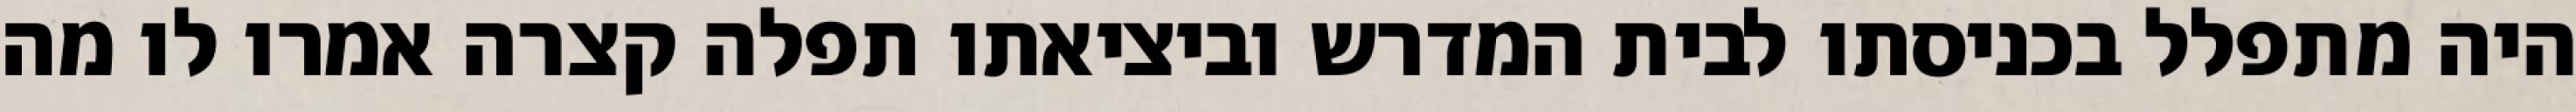
היה מתפלל בכניסתו לבית המדרש וביציאתו תפלה קצרה אמרו לו מה